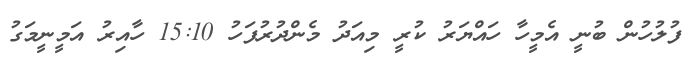
ފުލުހުން ބުނީ އެމީހާ ހައްޔަރު ކުރީ މިއަދު މެންދުރުފަހު 15:10 ހާއިރު އަމީނީމަގު